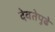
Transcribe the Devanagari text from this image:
देवतेपुढे